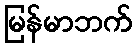
မြန်မာဘက်